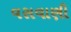
વસવાણી